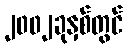
၂၀၀၂ခုနှစ်တွင်